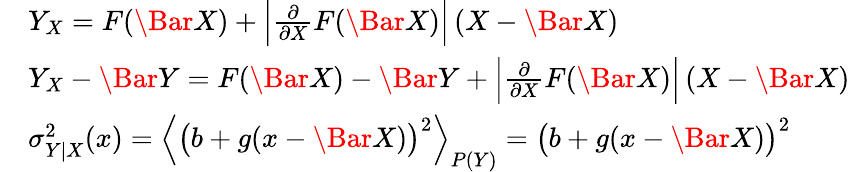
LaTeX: \begin{array}{rl}&{Y_{X}=F(\Bar{X})+\Big|\frac{\partial}{\partial X}F(\Bar{X})\Big|\left(X-\Bar{X}\right)}\\ &{Y_{X}-\Bar{Y}=F(\Bar{X})-\Bar{Y}+\Big|\frac{\partial}{\partial X}F(\Bar{X})\Big|\left(X-\Bar{X}\right)}\\ &{\sigma_{Y\mid X}^{2}(x)=\Big\langle\big(b+g(x-\Bar{X})\big)^{2}\Big\rangle_{P(Y)}=\big(b+g(x-\Bar{X})\big)^{2}}\end{array}